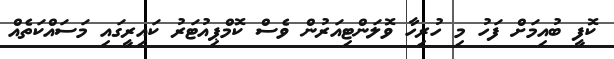
ކޮފީ ބުއިމަށް ފަހު މި ހުރިހާ ވޮލަންޓިއަރުން ވެސް ކޮމްޕިއުޓަރު ކައިރީގައި މަސައްކަތެއް